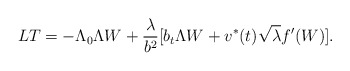
\begin{align*} LT = -\Lambda_0\Lambda W + \frac{\lambda}{b^2}[b_t\Lambda W + v^*(t)\sqrt\lambda f'(W)].\end{align*}